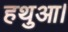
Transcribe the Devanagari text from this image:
हथुआ।